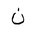
Letter: _non